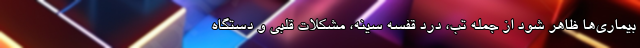
بیماری‌ها ظاهر شود از جمله تب، درد قفسه سینه، مشکلات قلبی و دستگاه